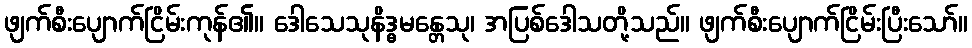
ဖျက်စီးပျောက်ငြိမ်းကုန်၏။ ဒေါသေသုနိဒ္ဓမန္တေသု၊ အပြစ်ဒေါသတို့သည်။ ဖျက်စီးပျောက်ငြိမ်းပြီးသော်။